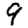
Digit: 9